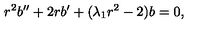
r ^ { 2 } b ^ { \prime \prime } + 2 r b ^ { \prime } + ( \lambda _ { 1 } r ^ { 2 } - 2 ) b = 0 ,